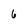
Character: 6